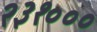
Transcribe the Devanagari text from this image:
२३१०००